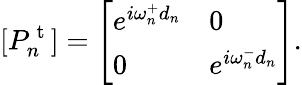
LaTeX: [P_{n}^{\mathrm{~t~}}]=\left[\begin{array}{ll}{e^{i\omega_{n}^{+}d_{n}}}&{0}\\ {0}&{e^{i\omega_{n}^{-}d_{n}}}\end{array}\right].